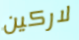
لاركين